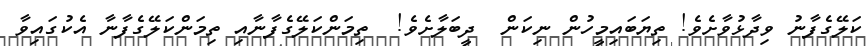
ކަލޭގެފާނު ވިދާޅުވާށެވެ! ތިޔަބައިމީހުން ނިކަން  ދީބަލާށެވެ!  ތިމަންކަލޭގެފާނާއި ތިމަންކަލޭގެފާނާ އެކުގައިވާ